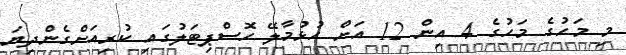
މި މަހުގެ މަހުގެ 4 އިން 12 އަށް ހުޅުމާލޭ ހޮސްޕިޓަލުގައި ކުރިއަށްގެންދިޔަ